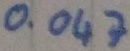
Text: 0.047